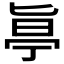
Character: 𠤟